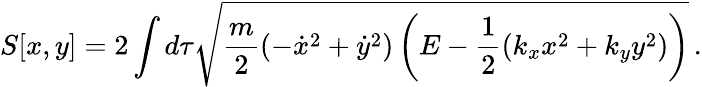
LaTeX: S[x,y]=2\int d\tau\sqrt{\frac{m}{2}\left(-\dot{x}^{2}+\dot{y}^{2}\right)\left(E-\frac{1}{2}(k_{x}x^{2}+k_{y}y^{2})\right)}\, .